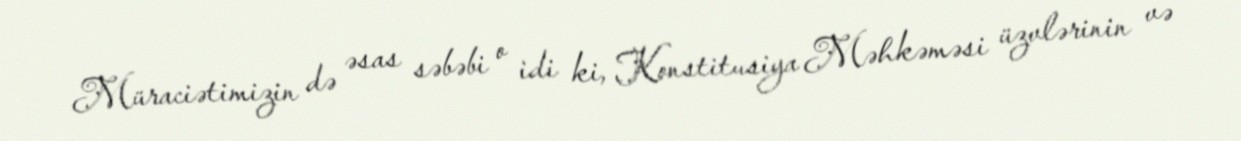
Müraciətimizin də əsas səbəbi o idi ki, Konstitusiya Məhkəməsi üzvlərinin və